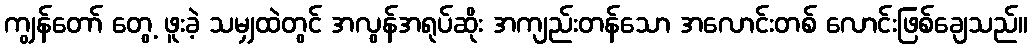
ကျွန်တော် တွေ့ ဖူးခဲ့ သမျှထဲတွင် အလွန်အရုပ်ဆိုး အကျည်းတန်သော အလောင်းတစ် လောင်းဖြစ်ချေသည်။